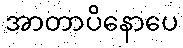
အာတာပိနောပေ